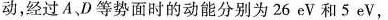
动，经过A、D等势面时的动能分别为26eV和5eV，